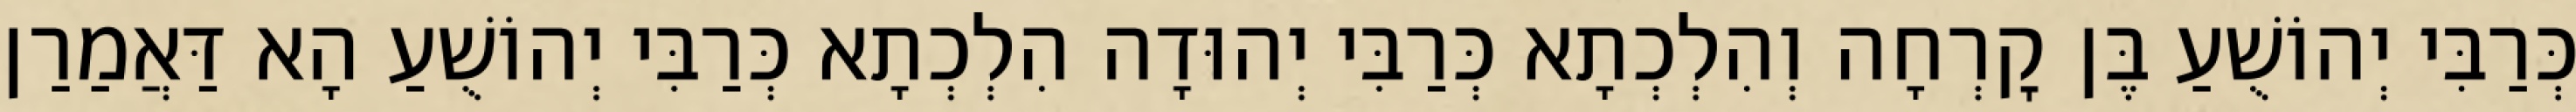
כְּרַבִּי יְהוֹשֻׁעַ בֶּן קׇרְחָה וְהִלְכְתָא כְּרַבִּי יְהוּדָה הִלְכְתָא כְּרַבִּי יְהוֹשֻׁעַ הָא דַּאֲמַרַן